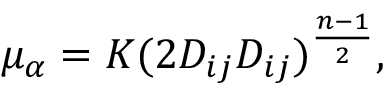
\mu _ { \alpha } = K ( 2 D _ { i j } D _ { i j } ) ^ { \frac { n - 1 } { 2 } } ,